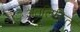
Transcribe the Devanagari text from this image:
अंतलिकित